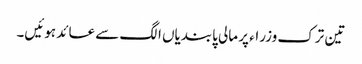
تین ترک وزراء پر مالی پابندیاں الگ سے عائد ہوئیں۔